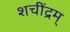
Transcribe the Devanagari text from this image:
शचींद्रम्